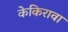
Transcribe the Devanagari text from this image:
केकिरावा